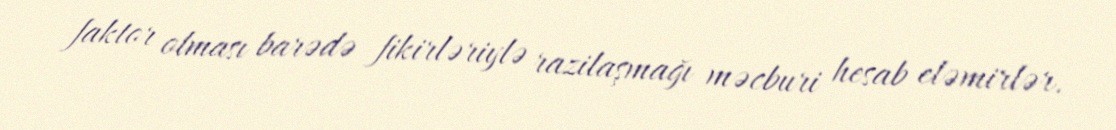
faktor olması barədə fikirləriylə razilaşmağı məcburi hesab eləmirlər.